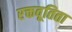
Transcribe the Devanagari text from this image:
रक्तवूतिता